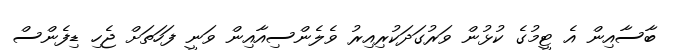
ބާސާއިން އެ ޓީމުގެ ކުޅުން ވަރުގަދަކުރިއިރު ވެލެންސިއާއިން ވަނީ ފަހަތަށް ޖެހި ޑިފެންސް